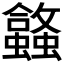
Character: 𬠹